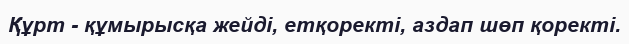
Құрт - құмырысқа жейді, етқоректі, аздап шөп қоректі.